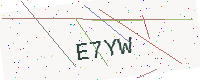
Text: E7YW